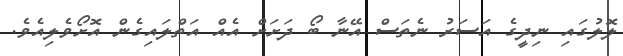
ލޮލުގައި ނިދީގެ އަސަރު ނެތަސް އޭނާ ބޯ ދަށަށް އެއް އަތްލައިގެން އޮށޯވެލިއެވެ.